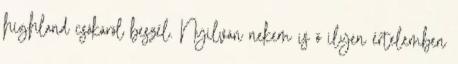
highland csókáról beszél. Nyilván nekem is ő ilyen értelemben